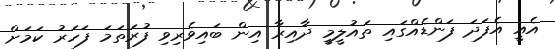
އެއީ އެފަދަ ފަންޑެއްގައި ތައުލީމީ ދާއިރާ އިން ބައިވެރިވި ފުރަތަމަ ފަހަރު ކަމަށް